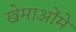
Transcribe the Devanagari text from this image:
खेमाओंमे